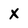
Character: X